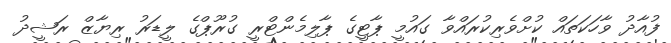
ފުއާދު ވާހަކަތައް ކުށްވެރިކުރައްވާ ގައުމީ ޕާޓީގެ ޕާލިމެންޓްރީ ގުރޫޕްގެ ލީޑަރު ރިޔާޒް ރަޝީދު